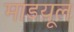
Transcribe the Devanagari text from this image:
माडय़ूल